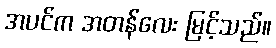
အပင်က အတန်လေး မြင့်သည်။